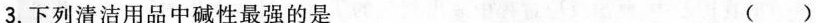
3.下列清洁用品中碱性最强的是 ( )